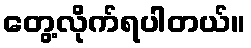
တွေ့လိုက်ရပါတယ်။